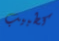
كطبيب